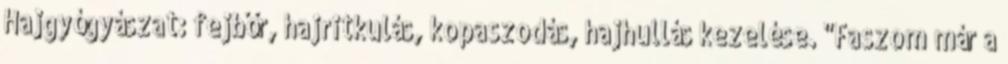
Hajgyógyászat: fejbőr, hajritkulás, kopaszodás, hajhullás kezelése. "Faszom már a